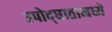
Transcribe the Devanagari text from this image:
उपोद्‌घातामध्ये